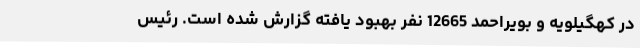
در کهگیلویه و بویراحمد 12665 نفر بهبود یافته گزارش شده است. رئیس